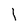
Character: I